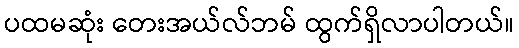
ပထမဆုံး တေးအယ်လ်ဘမ် ထွက်ရှိလာပါတယ်။